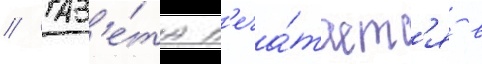
// Газ'е́та п'еча́таетс'я в